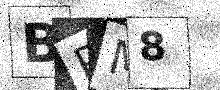
Text: BPM8